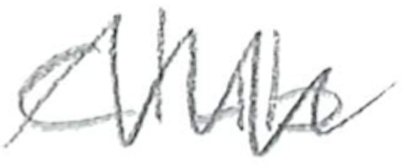
Text: Club
Cross-out: zig-zag
Writing tool: pencil